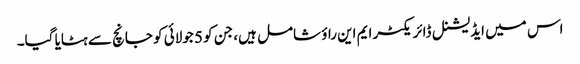
اس میں ایڈیشنل ڈائریکٹر ایم این راؤ شامل ہیں، جن کو 5 جولائی کو جانچ سے ہٹایا گیا۔